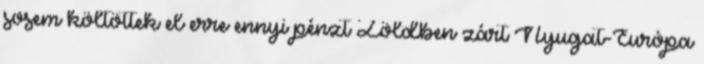
sosem költöttek el erre ennyi pénzt Zöldben zárt Nyugat-Európa